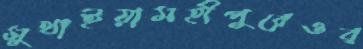
মুথাইয়ামহীপুরেওব্